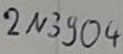
Text: 2N3904